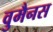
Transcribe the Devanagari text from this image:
वुमैनस